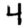
Digit: 4